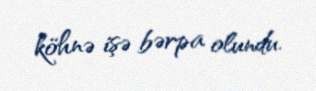
köhnə işə bərpa olundu.